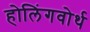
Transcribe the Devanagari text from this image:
होलिंगवोर्थ